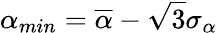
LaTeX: \alpha_{min}=\overline{{\alpha}}-\sqrt{3}\sigma_{\alpha}